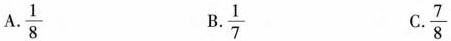
A. \frac{1}{8} B. \frac{1}{7} C. \frac{7}{8}